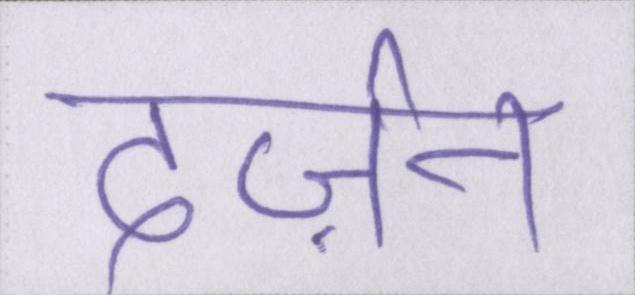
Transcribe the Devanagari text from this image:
दर्ज़न